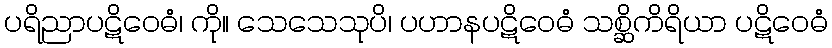
ပရိညာပဋိဝေဓံ၊ ကို။ သေသေသုပိ၊ ပဟာနပဋိဝေဓံ သစ္ဆိကိရိယာ ပဋိဝေဓံ